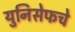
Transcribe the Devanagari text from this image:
युनिसेफचे